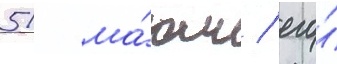
51 ма́тч / его́